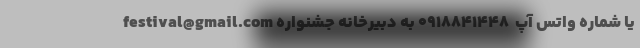
festival@gmail.com یا شماره واتس آپ  ۰۹۱۸۸۴۱۴۴۸ به دبیرخانه جشنواره